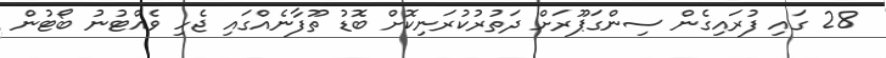
28 ގައި ފުރައިގެން ސިންގަޕޫރަށް ދަތުރުކުރަނިކޮށް ބޮޑު ތޫފާނެއްގައި ޖެހި ވެއްޓުނު ބޯޓުން